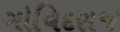
ગોવિદરાજ